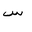
Letter: _sin